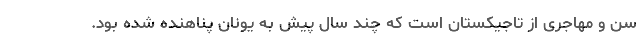
سن و مهاجری از تاجیکستان است که چند سال پیش به یونان پناهنده شده بود.